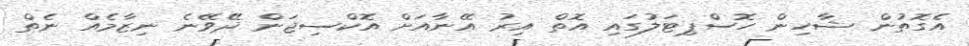
އެގޮތުން ޝާހިން ހޮސްޕިޓަލުގައި އޮތް އިރު އޭނާއަށް އޮކްސިޖަން ދޭވޭނެ ނިޒާމެއް ނެތް